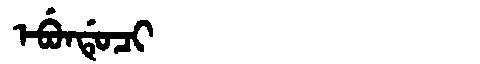
Manchu: ᡝᠪᡠᠨᡩᡠᠴᡳ
Romanization: EBUNDUCI